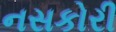
નસકોરી